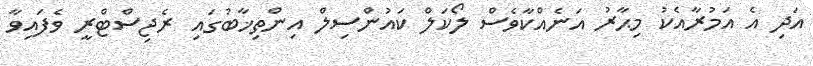
އަދި އެ އަމުރާއެކު މިޙާރު އަނެއްކާވެސް ލޯކަލް ކައުންސިލް އިންތިޚާބުގައި ރެޖިސްޓްރީ ވެފައިވާ